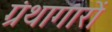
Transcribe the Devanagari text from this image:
ग्रंथागारों